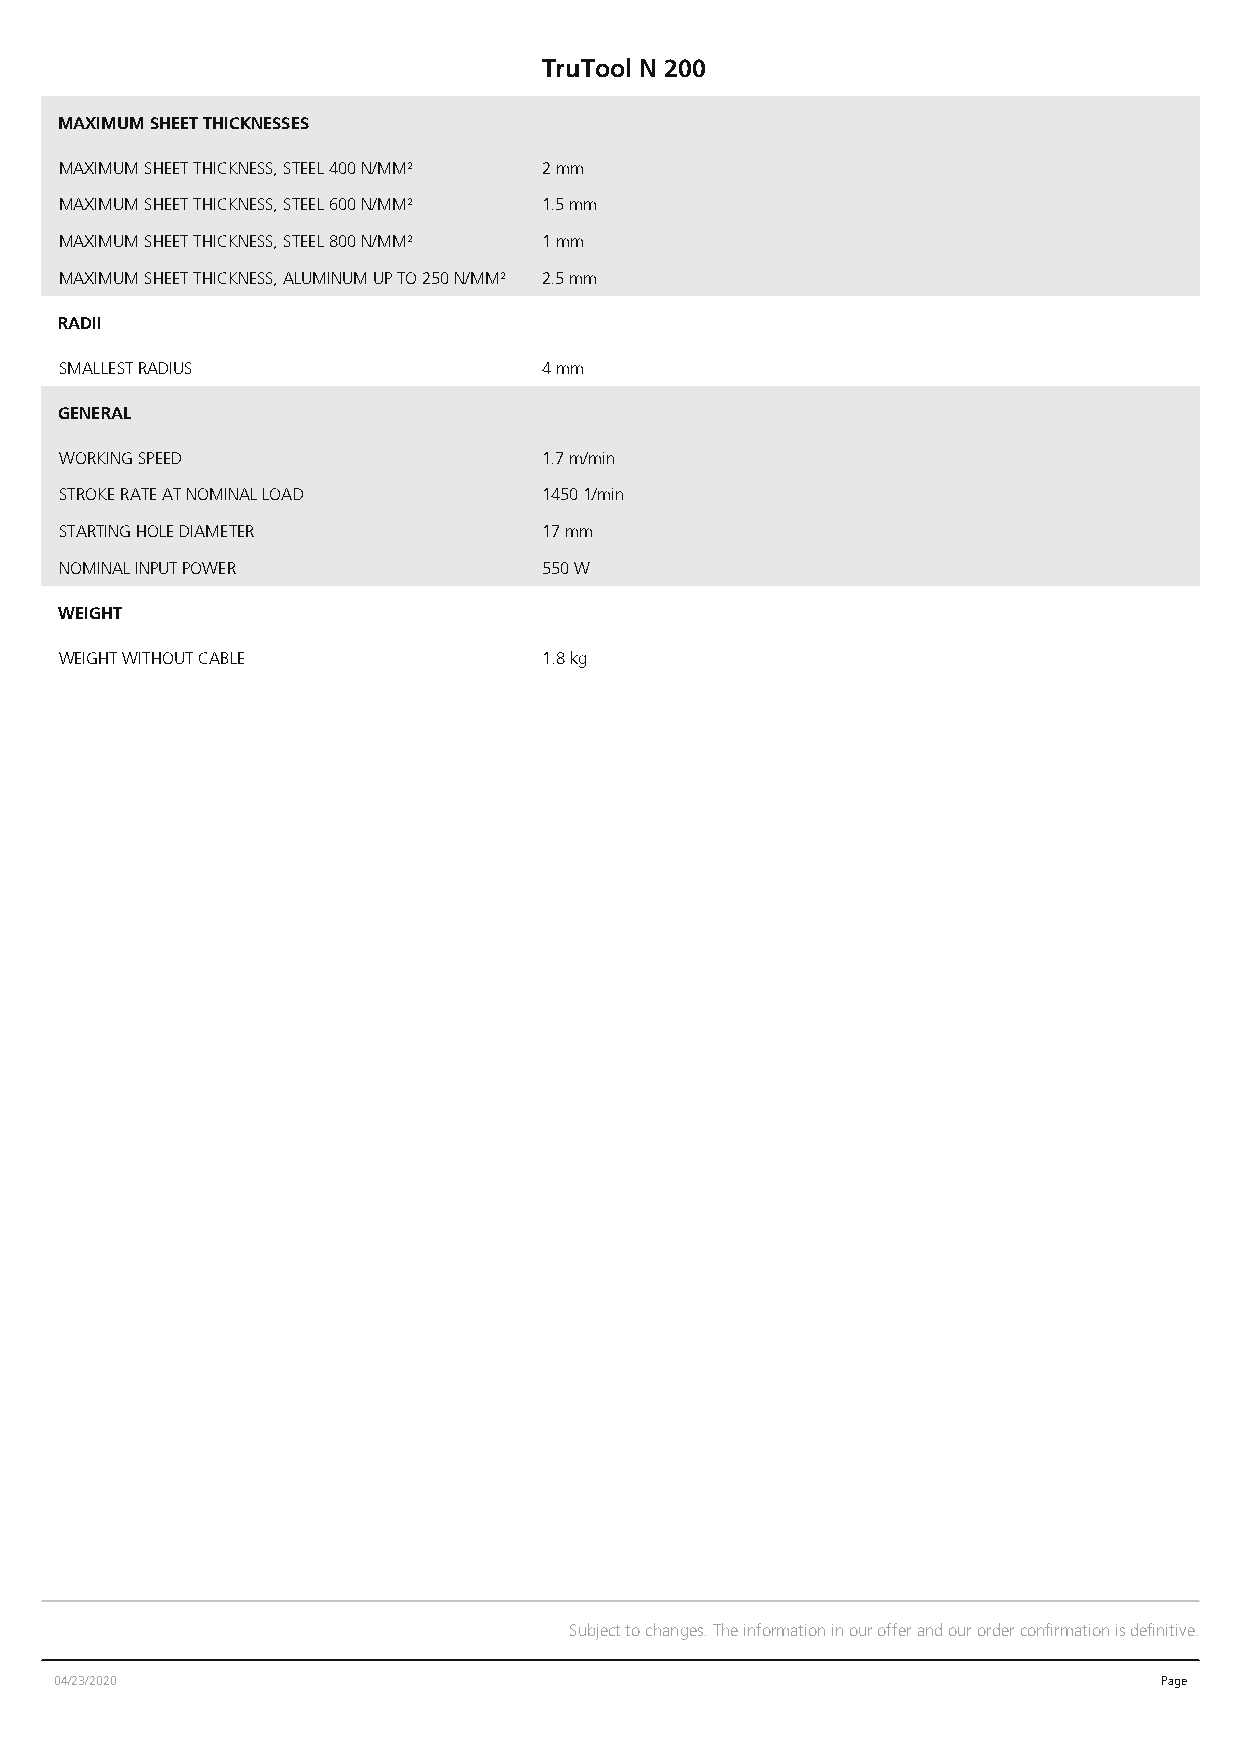
TruTool N 200
 TruTool     N   200
 MAXIMUM SHEET THICKNESSES
 Nibbler
 MAXIMUM SHEET THICKNESS, STEEL 400 N/MM² 2 mm
 MAXIMUM SHEET THICKNESS, STEEL 600 N/MM² 1.5 mm
 MAXIMUM SHEET THICKNESS, STEEL 800 N/MM² 1 mm
 TeMchAnXiIMcaUl Md aStHaEET THICKNESS, ALUMINUM UP TO 250 N/MM² 2.5 mm
 RADII
 SMALLEST RADIUS                 4 mm
 GENERAL
 WORKING SPEED                   1.7 m/min
 STROKE RATE AT NOMINAL LOAD     1450 1/min
 STARTING HOLE DIAMETER          17 mm
 NOMINAL INPUT POWER             550 W
 WEIGHT
 WEIGHT WITHOUT CABLE            1.8 kg
 Subject to changes. The information in our offer and our order confirmation is definitive.
 04/23/2020                                                               Page